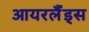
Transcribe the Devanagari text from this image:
आयरर्लैंड्स